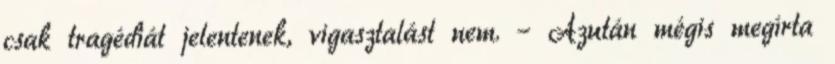
csak tragédiát jelentenek, vigasztalást nem. – Azután mégis megírta